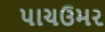
પાચઉમર